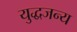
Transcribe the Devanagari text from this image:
युद्धजन्‍य